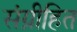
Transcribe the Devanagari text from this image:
संग्रीहित